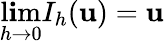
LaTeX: \operatorname*{l\mathbf{i}m}_{h\rightarrow0}I_{h}(\mathbf{{u}})=\mathbf{{u}}